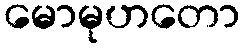
မောမုဟတော